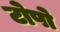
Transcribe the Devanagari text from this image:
टोपो